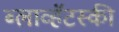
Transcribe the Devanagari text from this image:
ब्लाव्हॅटस्की